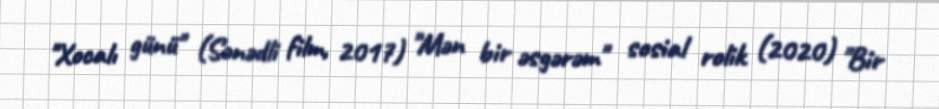
"Xocalı günü" (Sənədli film, 2017) "Mən bir əsgərəm" sosial rolik (2020) "Bir